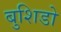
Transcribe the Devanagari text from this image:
बुशिडो